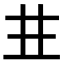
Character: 𠀎